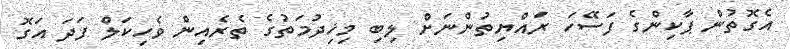
އެގޮތުން ޕާކިންގެ ފަސޭހަ ރައްޔިތުންނަށް ލިބި މިޚިދުމަތުގެ ތެރެއިން ވެހިކަލް ފަދަ އަގޮ